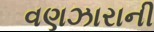
વણઝારાની